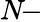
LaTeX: N\! -